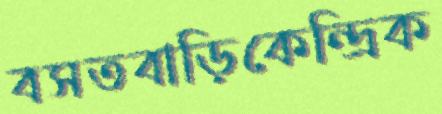
বসতবাড়িকেন্দ্রিক